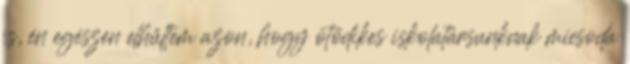
is, én egészen elhűltem azon, hogy ötödikes iskolatársunknak micsoda